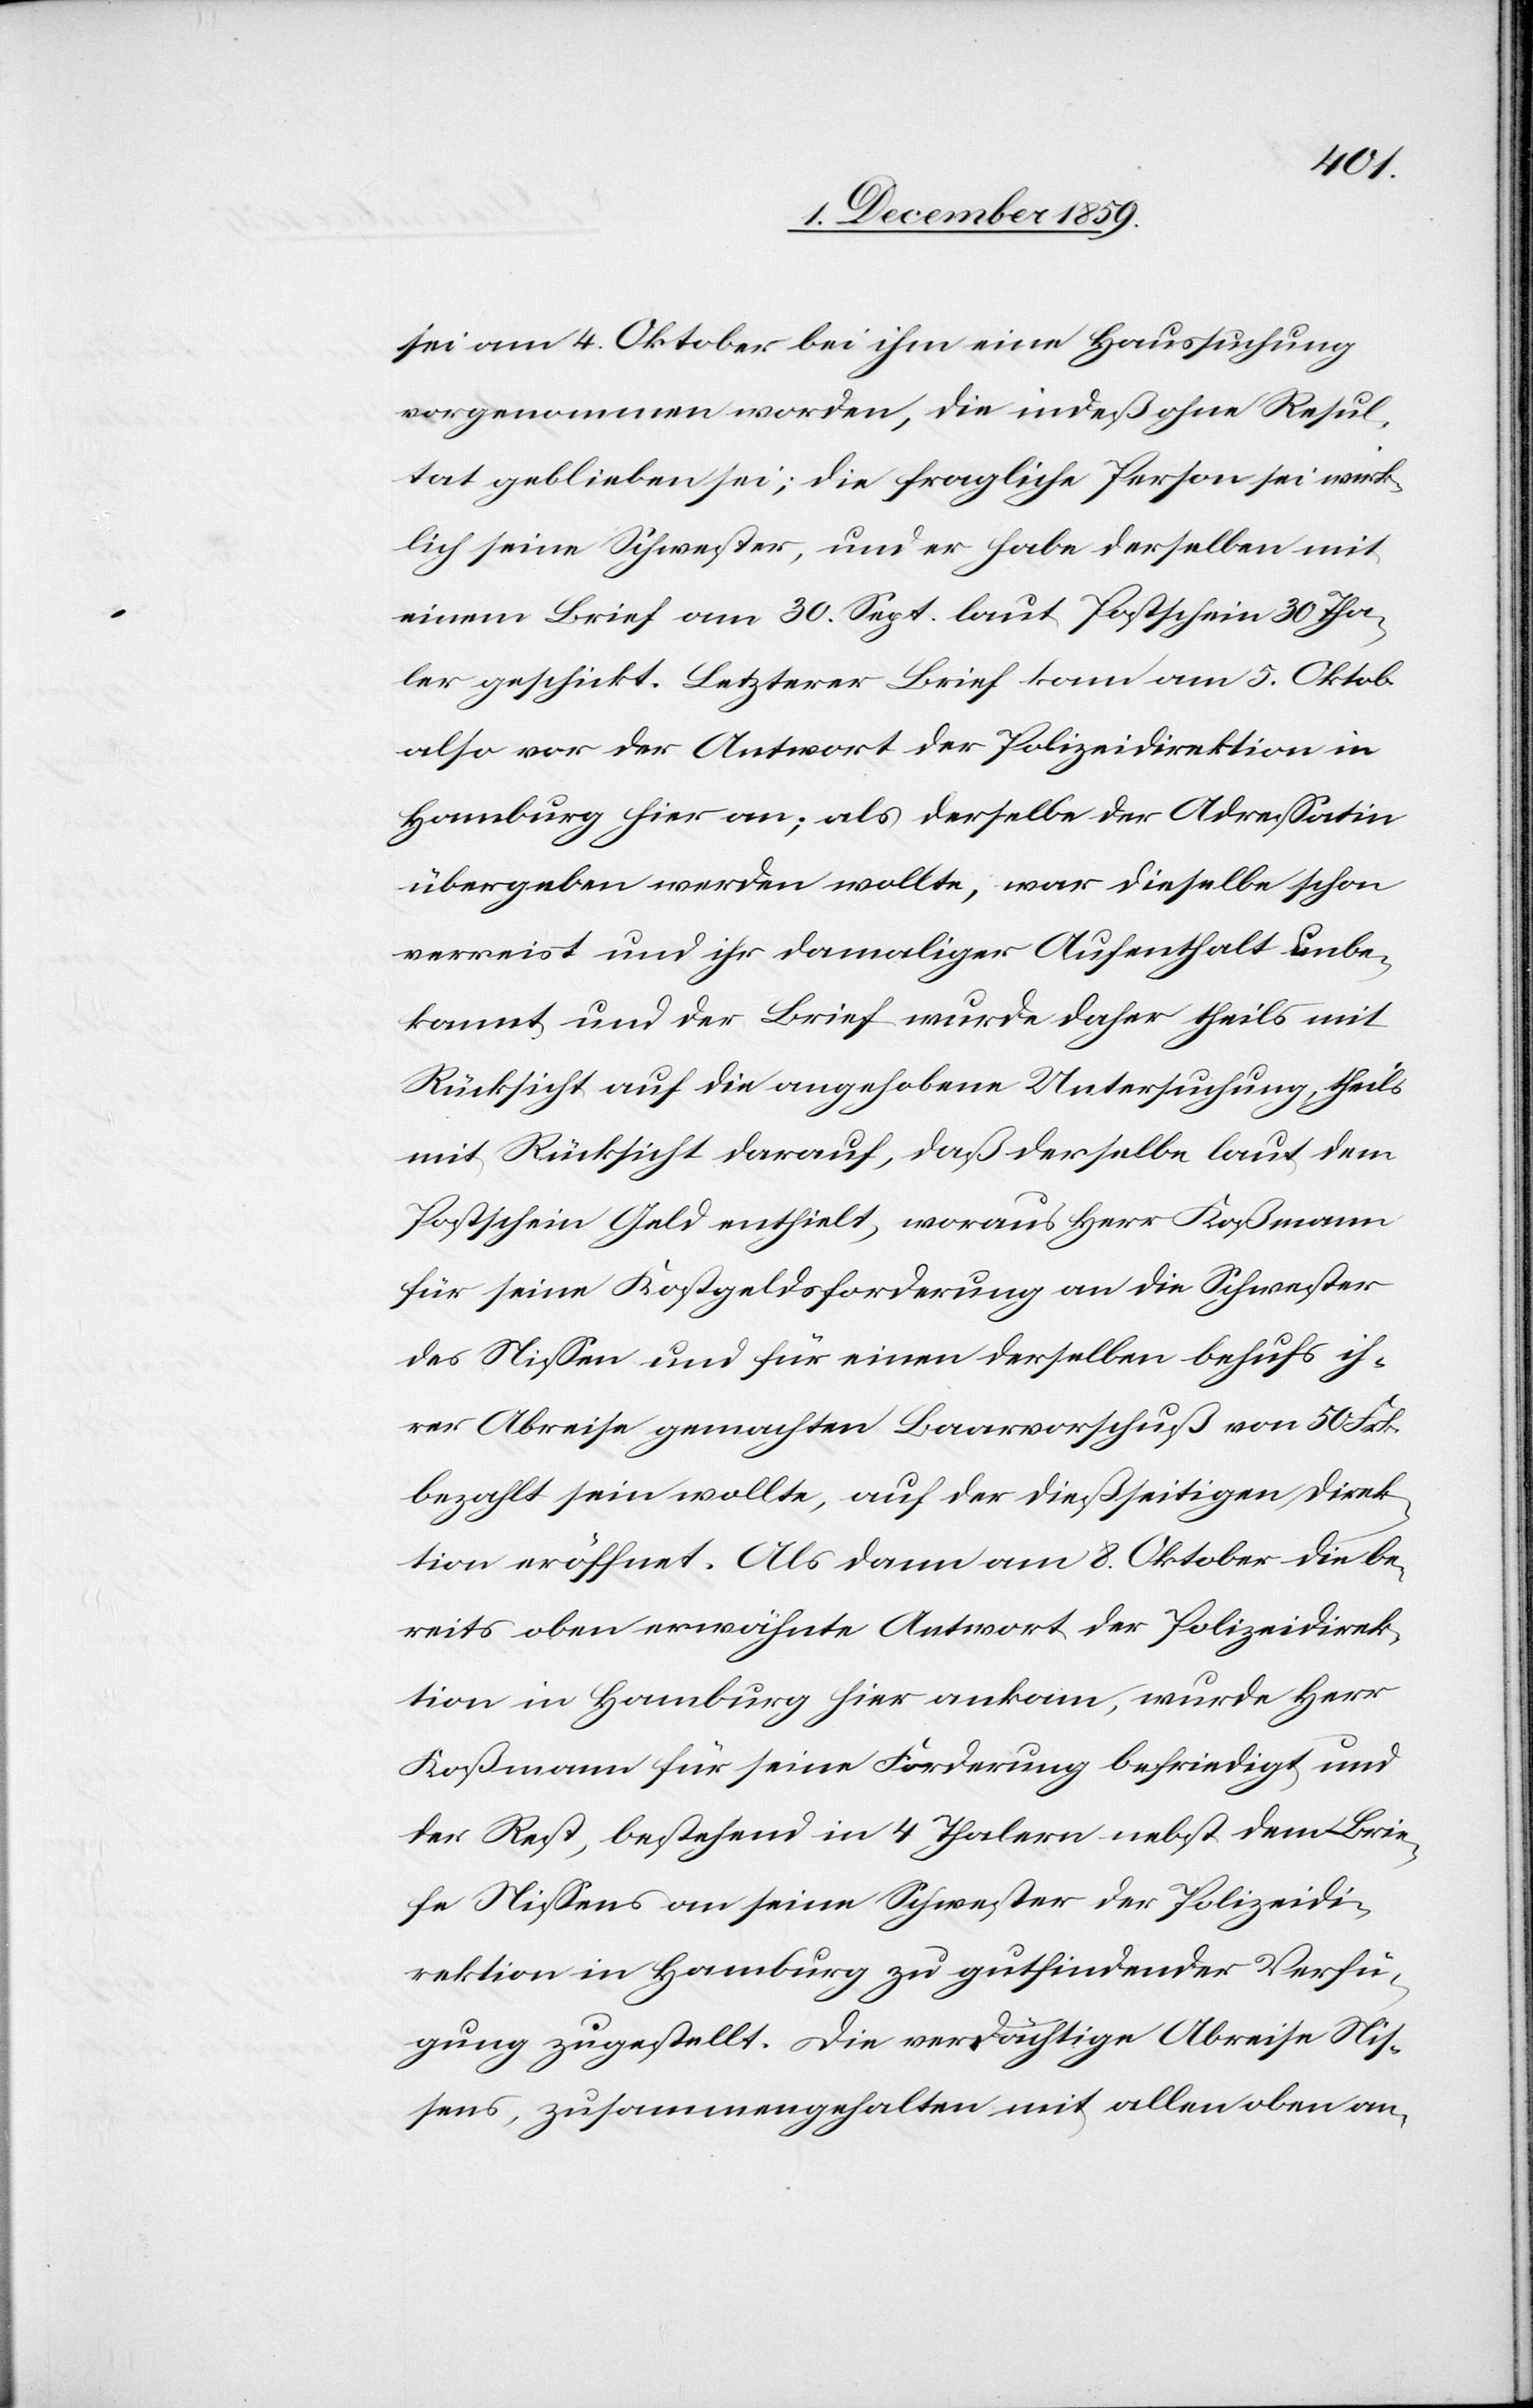
sei am 4. Oktober bei ihm eine Haussuchung
vorgenommen worden, die indeß ohne Resul¬
tat geblieben sei; die fragliche Person sei wirk¬
lich seine Schwester, und er habe derselben mit
einem Brief am 30. Sept. lauf Postschein 30 Tha¬
ler geschickt. Letzterer Brief kam am 5. Oktob.
also vor der Antwort der Polizeidirektion in
Hamburg hier an; als derselbe der Adressatin
übergeben werden wollte, was dieselbe schon
verreist und ihr damaliger Aufenthalt unbe¬
kannt und der Brief wurde daher theils mit
Rücksicht auf die angehobene Untersuchung, theils
mit Rücksicht darauf, daß derselbe laut dem
Postschein Geld enthielt, woraus Herr Koßmann
für seine Kostgeldsforderung an die Schwester
des Niessen und für einen derselben behufs ih¬
rer Abreise gemachten Baarvorschuß von 50 Frk.
bezahlt sein wollte, auf der dießseitigen Direk¬
tion eröffnet. Als dann am 8. Oktober die be¬
reits ober eröffnete Antwort der Polizeidirek¬
tion in Hamburg hier ankam, wurde Herr
Koßmann für seine Forderung befriedigt und
der Rest, bestehend in 4 Thalern nebst dem Brie¬
fe Niessens an seine Schwester der Polizeidi¬
rektion in Hamburg zu gutfindender Verfü¬
gung zugestellt. Die verdächtige Abreise Nies¬
sens, zusammengehalten mit allen oben an-